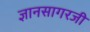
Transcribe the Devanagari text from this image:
ज्ञानसागरजी